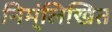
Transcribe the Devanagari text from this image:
निम्ंलिखित